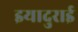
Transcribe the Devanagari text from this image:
इयादुराई